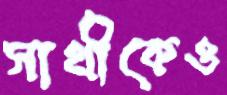
সাথীকেও